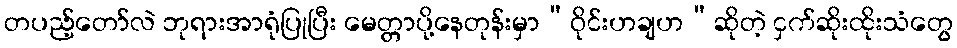
တပည့်တော်လဲ ဘုရားအာရုံပြုပြီး မေတ္တာပို့နေတုန်းမှာ“ဝိုင်းဟချဟ”ဆိုတဲ့ ငှက်ဆိုးထိုးသံတွေ